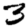
Digit: 3